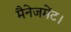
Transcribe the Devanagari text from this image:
मैनेजमेंट।